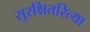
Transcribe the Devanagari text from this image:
सुरक्षितरित्या